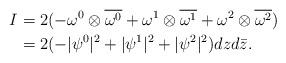
LaTeX: \begin{align*}\begin{aligned}I&=2(-\omega^0\otimes\overline{\omega^0}+\omega^1\otimes\overline{\omega^1}+\omega^2\otimes\overline{\omega^2})\\ &=2(-|\psi^0|^2+|\psi^1|^2+|\psi^2|^2)dzd{\bar z}.\end{aligned}\end{align*}